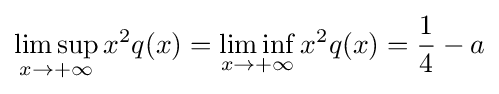
\limsup _{x\to +\infty }x^{2}q(x)=\liminf _{x\to +\infty }x^{2}q(x)={\frac {1}{4}}-a